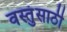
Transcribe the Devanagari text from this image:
वस्तुंसाठी